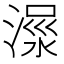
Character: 𣹺